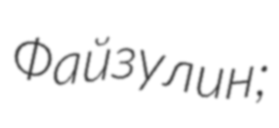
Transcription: Файзулин;